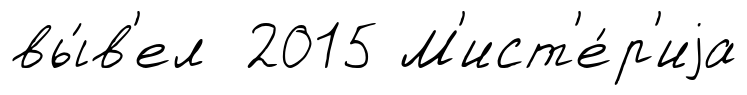
вы́в'ел 2015 М'ист'е́р'иjа